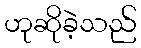
ဟုဆိုခဲ့သည်